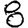
Digit: 8